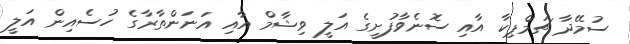
ސުމޭދާ ޗަމްޕިކާ އާއި ސޮނެވާފުށީގެ އަލީ ވިޝާމް އާއި އަނަންތާރާގެ ހުސެއިން އަލީ